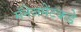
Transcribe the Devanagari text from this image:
मॅनेजमेंटकडे